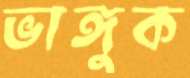
ভাঙ্গুক